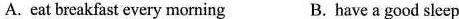
A. eat breakfast every morning B.have a good sleep